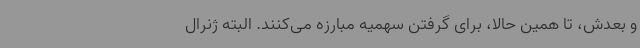
و بعدش، تا همین حالا، برای گرفتن سهمیه مبارزه می‌کنند. البته ژنرال